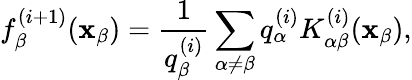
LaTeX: f_{\beta}^{(i+1)}(\mathbf{x}_{\beta})=\frac{{1}}{{q_{\beta}^{(i)}}}\sum_{\alpha\neq\beta}q_{\alpha}^{(i)}K_{\alpha\beta}^{(i)}(\mathbf{x}_{\beta}),